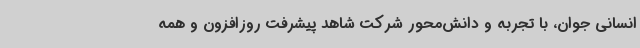
انسانی جوان، با تجربه و دانش‌محور شرکت شاهد پیشرفت روزافزون و همه